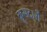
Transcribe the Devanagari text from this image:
क्रूसदारों